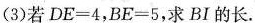
(3)若$$D E = 4$$，$$B E = 5$$，求BI的长.